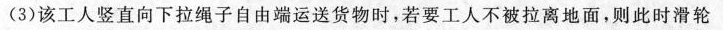
(3)该工人竖直向下拉绳子自由端运送货物时，若要工人不被拉离地面，则此时滑轮